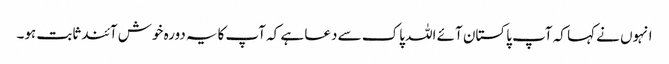
انہوں نے کہا کہ آپ پاکستان آئے اللہ پاک سے دعا ہے کہ آپ کایہ دورہ خوش آئندثابت ہو۔